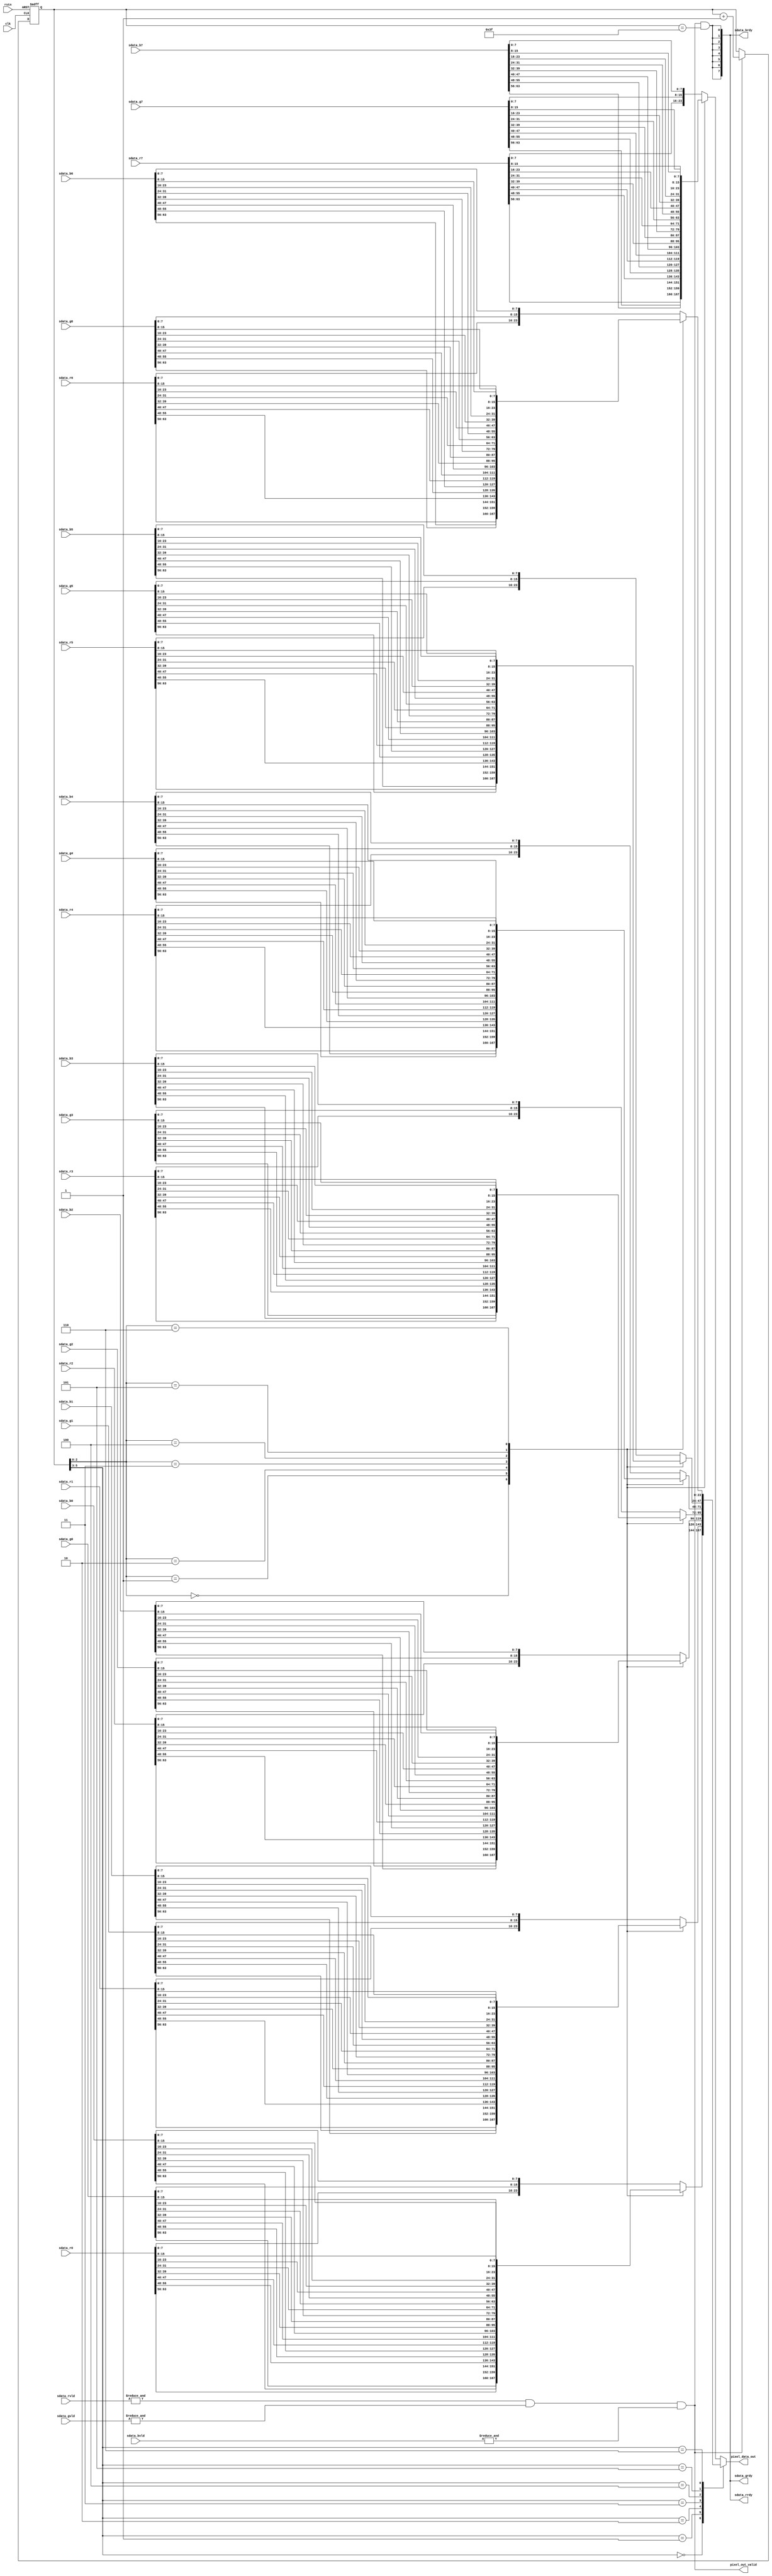
`define DLY #1

module jpeg_get_pixels(
    // global signals
    clk                 , // <i>  1b, global clock
    rstn                , // <i>  1b, global reset, active low
    // data from 8 line fifo
    sdata_rvld          , // <i>  8b, input 8 line r data valid
    sdata_gvld          , // <i>  8b, input 8 line g data valid
    sdata_bvld          , // <i>  8b, input 8 line b data valid
    sdata_rrdy          , // <o>  8b, input r data accept
    sdata_grdy          , // <o>  8b, input g data accept
    sdata_brdy          , // <o>  8b, input b data accept
    sdata_r0            , // <i> 64b, r data from line0 of a block
    sdata_r1            , // <i> 64b, r data from line1 of a block
    sdata_r2            , // <i> 64b, r data from line2 of a block
    sdata_r3            , // <i> 64b, r data from line3 of a block
    sdata_r4            , // <i> 64b, r data from line4 of a block
    sdata_r5            , // <i> 64b, r data from line5 of a block
    sdata_r6            , // <i> 64b, r data from line6 of a block
    sdata_r7            , // <i> 64b, r data from line7 of a block
    sdata_g0            , // <i> 64b, g data from line0 of a block
    sdata_g1            , // <i> 64b, g data from line1 of a block
    sdata_g2            , // <i> 64b, g data from line2 of a block
    sdata_g3            , // <i> 64b, g data from line3 of a block
    sdata_g4            , // <i> 64b, g data from line4 of a block
    sdata_g5            , // <i> 64b, g data from line5 of a block
    sdata_g6            , // <i> 64b, g data from line6 of a block
    sdata_g7            , // <i> 64b, g data from line7 of a block
    sdata_b0            , // <i> 64b, b data from line0 of a block
    sdata_b1            , // <i> 64b, b data from line1 of a block
    sdata_b2            , // <i> 64b, b data from line2 of a block
    sdata_b3            , // <i> 64b, b data from line3 of a block
    sdata_b4            , // <i> 64b, b data from line4 of a block
    sdata_b5            , // <i> 64b, b data from line5 of a block
    sdata_b6            , // <i> 64b, b data from line6 of a block
    sdata_b7            , // <i> 64b, b data from line7 of a block
    // pixel data output
    pixel_data_out      , // <o> 24b, pixel data input
    pixel_out_valid       // <o>  1b, pixel data input valid
    );

  // global signals
  input         clk                 ; // <i>  1b, global clock
  input         rstn                ; // <i>  1b, global reset, active low
  // data from 8 line fifo
  input  [7:0]  sdata_rvld          ; // <i>  8b, input 8 line r data valid
  input  [7:0]  sdata_gvld          ; // <i>  8b, input 8 line g data valid
  input  [7:0]  sdata_bvld          ; // <i>  8b, input 8 line b data valid
  output [7:0]  sdata_rrdy          ; // <o>  8b, input r data accept
  output [7:0]  sdata_grdy          ; // <o>  8b, input g data accept
  output [7:0]  sdata_brdy          ; // <o>  8b, input b data accept
  input  [63:0] sdata_r0            ; // <i> 64b, r data from line0 of a block
  input  [63:0] sdata_r1            ; // <i> 64b, r data from line1 of a block
  input  [63:0] sdata_r2            ; // <i> 64b, r data from line2 of a block
  input  [63:0] sdata_r3            ; // <i> 64b, r data from line3 of a block
  input  [63:0] sdata_r4            ; // <i> 64b, r data from line4 of a block
  input  [63:0] sdata_r5            ; // <i> 64b, r data from line5 of a block
  input  [63:0] sdata_r6            ; // <i> 64b, r data from line6 of a block
  input  [63:0] sdata_r7            ; // <i> 64b, r data from line7 of a block
  input  [63:0] sdata_g0            ; // <i> 64b, g data from line0 of a block
  input  [63:0] sdata_g1            ; // <i> 64b, g data from line1 of a block
  input  [63:0] sdata_g2            ; // <i> 64b, g data from line2 of a block
  input  [63:0] sdata_g3            ; // <i> 64b, g data from line3 of a block
  input  [63:0] sdata_g4            ; // <i> 64b, g data from line4 of a block
  input  [63:0] sdata_g5            ; // <i> 64b, g data from line5 of a block
  input  [63:0] sdata_g6            ; // <i> 64b, g data from line6 of a block
  input  [63:0] sdata_g7            ; // <i> 64b, g data from line7 of a block
  input  [63:0] sdata_b0            ; // <i> 64b, b data from line0 of a block
  input  [63:0] sdata_b1            ; // <i> 64b, b data from line1 of a block
  input  [63:0] sdata_b2            ; // <i> 64b, b data from line2 of a block
  input  [63:0] sdata_b3            ; // <i> 64b, b data from line3 of a block
  input  [63:0] sdata_b4            ; // <i> 64b, b data from line4 of a block
  input  [63:0] sdata_b5            ; // <i> 64b, b data from line5 of a block
  input  [63:0] sdata_b6            ; // <i> 64b, b data from line6 of a block
  input  [63:0] sdata_b7            ; // <i> 64b, b data from line7 of a block
  // pixel data output
  output [23:0] pixel_data_out      ; // <o> 24b, pixel data input
  output        pixel_out_valid     ; // <o>  1b, pixel data input valid

  reg    [23:0] pixel_data_out      ;

  reg    [5:0]  pixel_out_cnt       ;
  reg    [23:0] pixel_from_line0    ;
  reg    [23:0] pixel_from_line1    ;
  reg    [23:0] pixel_from_line2    ;
  reg    [23:0] pixel_from_line3    ;
  reg    [23:0] pixel_from_line4    ;
  reg    [23:0] pixel_from_line5    ;
  reg    [23:0] pixel_from_line6    ;
  reg    [23:0] pixel_from_line7    ;

  always @(posedge clk or negedge rstn) begin
      if (~rstn) begin
          pixel_out_cnt <= `DLY 6'h0;
      end
      else if (pixel_out_valid) begin
          pixel_out_cnt <= `DLY pixel_out_cnt + 6'h1;
      end
  end

  assign pixel_out_valid = (&sdata_rvld) & (&sdata_gvld) & (&sdata_bvld);

  assign sdata_rrdy = {8{pixel_out_valid & (pixel_out_cnt == 6'h3F)}};
  assign sdata_grdy = {8{pixel_out_valid & (pixel_out_cnt == 6'h3F)}};
  assign sdata_brdy = {8{pixel_out_valid & (pixel_out_cnt == 6'h3F)}};

  always @(*) begin
      case (pixel_out_cnt[2:0])
          3'h0   : pixel_from_line0 = {sdata_r0[63:56], sdata_g0[63:56], sdata_b0[63:56]};
          3'h1   : pixel_from_line0 = {sdata_r0[55:48], sdata_g0[55:48], sdata_b0[55:48]};
          3'h2   : pixel_from_line0 = {sdata_r0[47:40], sdata_g0[47:40], sdata_b0[47:40]};
          3'h3   : pixel_from_line0 = {sdata_r0[39:32], sdata_g0[39:32], sdata_b0[39:32]};
          3'h4   : pixel_from_line0 = {sdata_r0[31:24], sdata_g0[31:24], sdata_b0[31:24]};
          3'h5   : pixel_from_line0 = {sdata_r0[23:16], sdata_g0[23:16], sdata_b0[23:16]};
          3'h6   : pixel_from_line0 = {sdata_r0[15:8] , sdata_g0[15:8] , sdata_b0[15:8] };
          default: pixel_from_line0 = {sdata_r0[7:0]  , sdata_g0[7:0]  , sdata_b0[7:0]  };
      endcase
  end

  always @(*) begin
      case (pixel_out_cnt[2:0])
          3'h0   : pixel_from_line1 = {sdata_r1[63:56], sdata_g1[63:56], sdata_b1[63:56]};
          3'h1   : pixel_from_line1 = {sdata_r1[55:48], sdata_g1[55:48], sdata_b1[55:48]};
          3'h2   : pixel_from_line1 = {sdata_r1[47:40], sdata_g1[47:40], sdata_b1[47:40]};
          3'h3   : pixel_from_line1 = {sdata_r1[39:32], sdata_g1[39:32], sdata_b1[39:32]};
          3'h4   : pixel_from_line1 = {sdata_r1[31:24], sdata_g1[31:24], sdata_b1[31:24]};
          3'h5   : pixel_from_line1 = {sdata_r1[23:16], sdata_g1[23:16], sdata_b1[23:16]};
          3'h6   : pixel_from_line1 = {sdata_r1[15:8] , sdata_g1[15:8] , sdata_b1[15:8] };
          default: pixel_from_line1 = {sdata_r1[7:0]  , sdata_g1[7:0]  , sdata_b1[7:0]  };
      endcase
  end

  always @(*) begin
      case (pixel_out_cnt[2:0])
          3'h0   : pixel_from_line2 = {sdata_r2[63:56], sdata_g2[63:56], sdata_b2[63:56]};
          3'h1   : pixel_from_line2 = {sdata_r2[55:48], sdata_g2[55:48], sdata_b2[55:48]};
          3'h2   : pixel_from_line2 = {sdata_r2[47:40], sdata_g2[47:40], sdata_b2[47:40]};
          3'h3   : pixel_from_line2 = {sdata_r2[39:32], sdata_g2[39:32], sdata_b2[39:32]};
          3'h4   : pixel_from_line2 = {sdata_r2[31:24], sdata_g2[31:24], sdata_b2[31:24]};
          3'h5   : pixel_from_line2 = {sdata_r2[23:16], sdata_g2[23:16], sdata_b2[23:16]};
          3'h6   : pixel_from_line2 = {sdata_r2[15:8] , sdata_g2[15:8] , sdata_b2[15:8] };
          default: pixel_from_line2 = {sdata_r2[7:0]  , sdata_g2[7:0]  , sdata_b2[7:0]  };
      endcase
  end

  always @(*) begin
      case (pixel_out_cnt[2:0])
          3'h0   : pixel_from_line3 = {sdata_r3[63:56], sdata_g3[63:56], sdata_b3[63:56]};
          3'h1   : pixel_from_line3 = {sdata_r3[55:48], sdata_g3[55:48], sdata_b3[55:48]};
          3'h2   : pixel_from_line3 = {sdata_r3[47:40], sdata_g3[47:40], sdata_b3[47:40]};
          3'h3   : pixel_from_line3 = {sdata_r3[39:32], sdata_g3[39:32], sdata_b3[39:32]};
          3'h4   : pixel_from_line3 = {sdata_r3[31:24], sdata_g3[31:24], sdata_b3[31:24]};
          3'h5   : pixel_from_line3 = {sdata_r3[23:16], sdata_g3[23:16], sdata_b3[23:16]};
          3'h6   : pixel_from_line3 = {sdata_r3[15:8] , sdata_g3[15:8] , sdata_b3[15:8] };
          default: pixel_from_line3 = {sdata_r3[7:0]  , sdata_g3[7:0]  , sdata_b3[7:0]  };
      endcase
  end

  always @(*) begin
      case (pixel_out_cnt[2:0])
          3'h0   : pixel_from_line4 = {sdata_r4[63:56], sdata_g4[63:56], sdata_b4[63:56]};
          3'h1   : pixel_from_line4 = {sdata_r4[55:48], sdata_g4[55:48], sdata_b4[55:48]};
          3'h2   : pixel_from_line4 = {sdata_r4[47:40], sdata_g4[47:40], sdata_b4[47:40]};
          3'h3   : pixel_from_line4 = {sdata_r4[39:32], sdata_g4[39:32], sdata_b4[39:32]};
          3'h4   : pixel_from_line4 = {sdata_r4[31:24], sdata_g4[31:24], sdata_b4[31:24]};
          3'h5   : pixel_from_line4 = {sdata_r4[23:16], sdata_g4[23:16], sdata_b4[23:16]};
          3'h6   : pixel_from_line4 = {sdata_r4[15:8] , sdata_g4[15:8] , sdata_b4[15:8] };
          default: pixel_from_line4 = {sdata_r4[7:0]  , sdata_g4[7:0]  , sdata_b4[7:0]  };
      endcase
  end

  always @(*) begin
      case (pixel_out_cnt[2:0])
          3'h0   : pixel_from_line5 = {sdata_r5[63:56], sdata_g5[63:56], sdata_b5[63:56]};
          3'h1   : pixel_from_line5 = {sdata_r5[55:48], sdata_g5[55:48], sdata_b5[55:48]};
          3'h2   : pixel_from_line5 = {sdata_r5[47:40], sdata_g5[47:40], sdata_b5[47:40]};
          3'h3   : pixel_from_line5 = {sdata_r5[39:32], sdata_g5[39:32], sdata_b5[39:32]};
          3'h4   : pixel_from_line5 = {sdata_r5[31:24], sdata_g5[31:24], sdata_b5[31:24]};
          3'h5   : pixel_from_line5 = {sdata_r5[23:16], sdata_g5[23:16], sdata_b5[23:16]};
          3'h6   : pixel_from_line5 = {sdata_r5[15:8] , sdata_g5[15:8] , sdata_b5[15:8] };
          default: pixel_from_line5 = {sdata_r5[7:0]  , sdata_g5[7:0]  , sdata_b5[7:0]  };
      endcase
  end

  always @(*) begin
      case (pixel_out_cnt[2:0])
          3'h0   : pixel_from_line6 = {sdata_r6[63:56], sdata_g6[63:56], sdata_b6[63:56]};
          3'h1   : pixel_from_line6 = {sdata_r6[55:48], sdata_g6[55:48], sdata_b6[55:48]};
          3'h2   : pixel_from_line6 = {sdata_r6[47:40], sdata_g6[47:40], sdata_b6[47:40]};
          3'h3   : pixel_from_line6 = {sdata_r6[39:32], sdata_g6[39:32], sdata_b6[39:32]};
          3'h4   : pixel_from_line6 = {sdata_r6[31:24], sdata_g6[31:24], sdata_b6[31:24]};
          3'h5   : pixel_from_line6 = {sdata_r6[23:16], sdata_g6[23:16], sdata_b6[23:16]};
          3'h6   : pixel_from_line6 = {sdata_r6[15:8] , sdata_g6[15:8] , sdata_b6[15:8] };
          default: pixel_from_line6 = {sdata_r6[7:0]  , sdata_g6[7:0]  , sdata_b6[7:0]  };
      endcase
  end

  always @(*) begin
      case (pixel_out_cnt[2:0])
          3'h0   : pixel_from_line7 = {sdata_r7[63:56], sdata_g7[63:56], sdata_b7[63:56]};
          3'h1   : pixel_from_line7 = {sdata_r7[55:48], sdata_g7[55:48], sdata_b7[55:48]};
          3'h2   : pixel_from_line7 = {sdata_r7[47:40], sdata_g7[47:40], sdata_b7[47:40]};
          3'h3   : pixel_from_line7 = {sdata_r7[39:32], sdata_g7[39:32], sdata_b7[39:32]};
          3'h4   : pixel_from_line7 = {sdata_r7[31:24], sdata_g7[31:24], sdata_b7[31:24]};
          3'h5   : pixel_from_line7 = {sdata_r7[23:16], sdata_g7[23:16], sdata_b7[23:16]};
          3'h6   : pixel_from_line7 = {sdata_r7[15:8] , sdata_g7[15:8] , sdata_b7[15:8] };
          default: pixel_from_line7 = {sdata_r7[7:0]  , sdata_g7[7:0]  , sdata_b7[7:0]  };
      endcase
  end

  always @(*) begin
      case (pixel_out_cnt[5:3])
          3'h0   : pixel_data_out = pixel_from_line0;
          3'h1   : pixel_data_out = pixel_from_line1;
          3'h2   : pixel_data_out = pixel_from_line2;
          3'h3   : pixel_data_out = pixel_from_line3;
          3'h4   : pixel_data_out = pixel_from_line4;
          3'h5   : pixel_data_out = pixel_from_line5;
          3'h6   : pixel_data_out = pixel_from_line6;
          default: pixel_data_out = pixel_from_line7;
      endcase
  end

endmodule